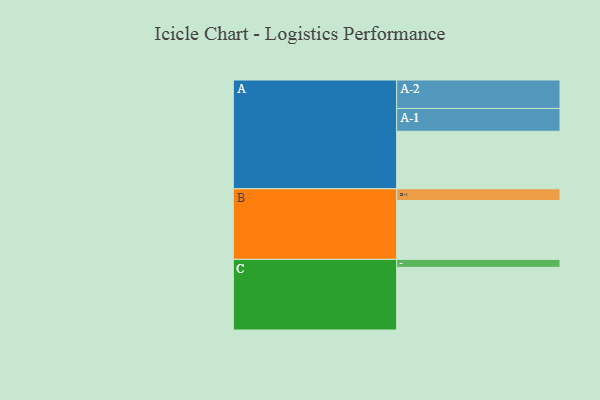
{"axis": {"x": "Segment", "y": "Value"}, "legend": ["", "A", "B", "C"], "data": [{"x": "A", "y": 469, "type": ""}, {"x": "B", "y": 480, "type": ""}, {"x": "C", "y": 511, "type": ""}, {"x": "A-1", "y": 186, "type": "A"}, {"x": "A-2", "y": 232, "type": "A"}, {"x": "B-1", "y": 96, "type": "B"}, {"x": "C-1", "y": 65, "type": "C"}]}